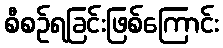
စီစဉ်ရခြင်းဖြစ်ကြောင်း